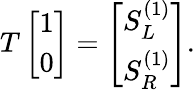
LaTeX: T\left[\begin{array}{l}{1}\\ {0}\end{array}\right]=\left[\begin{array}{l}{S_{L}^{(1)}}\\ {S_{R}^{(1)}}\end{array}\right].